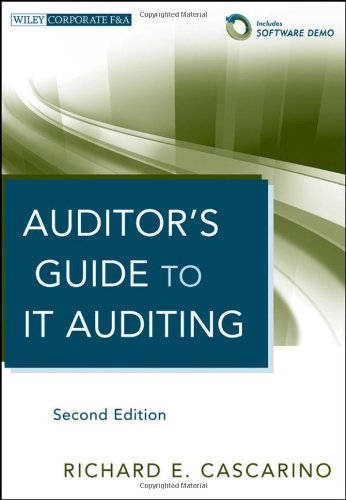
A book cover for Auditor's Guide to IT Auditing, + Software Demo; Richard E. Cascarino; Business & Money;